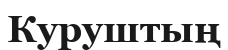
Куруштың